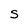
Character: s